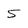
Character: 5